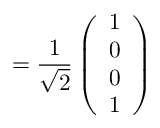
= \frac { 1 } { \sqrt { 2 } } \left( \begin{array} { l } { 1 } \\ { 0 } \\ { 0 } \\ { 1 } \end{array} \right)